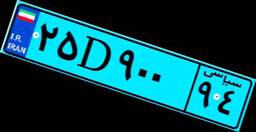
۹۸D۹۶۵۲۸